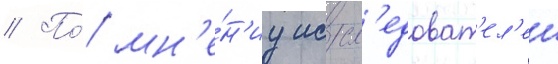
// По́ мн'е́н'иу иссл'едоват'ел'еи